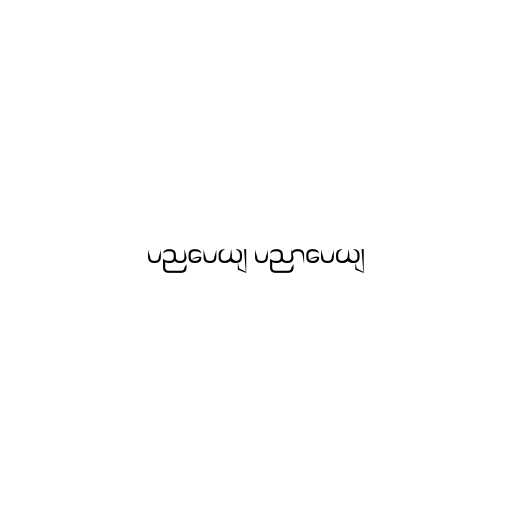
ပညပေယျ ပညာပေယျ